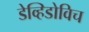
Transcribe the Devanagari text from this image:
डेव्हिडोविच